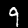
Label: 9